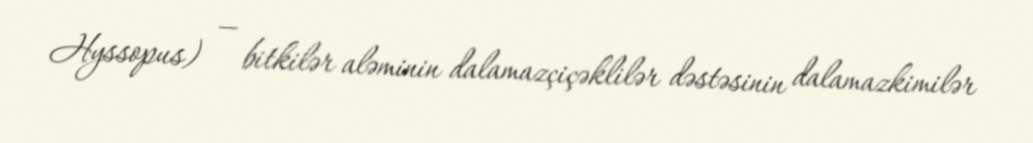
Hyssopus) — bitkilər aləminin dalamazçiçəklilər dəstəsinin dalamazkimilər